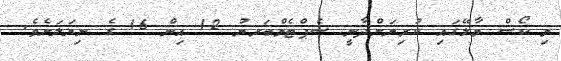
މި ކޯސް މާލޭގައި ކުރިޔަށްދާނީ ސެޕްޓެމްބަރޔު 12 އިން 16 ގެ ނިޔަލަށެވެ.